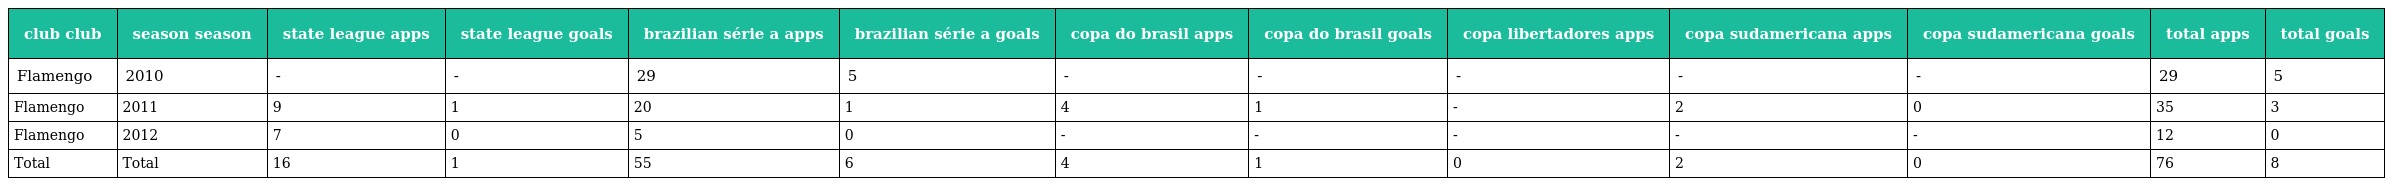
| club club | season season | state league apps | state league goals | brazilian série a apps | brazilian série a goals | copa do brasil apps | copa do brasil goals | copa libertadores apps | copa sudamericana apps | copa sudamericana goals | total apps | total goals |
 | --- | --- | --- | --- | --- | --- | --- | --- | --- | --- | --- | --- | --- |
 | Flamengo | 2010 | - | - | 29 | 5 | - | - | - | - | - | 29 | 5 |
 | Flamengo | 2011 | 9 | 1 | 20 | 1 | 4 | 1 | - | 2 | 0 | 35 | 3 |
 | Flamengo | 2012 | 7 | 0 | 5 | 0 | - | - | - | - | - | 12 | 0 |
 | Total | Total | 16 | 1 | 55 | 6 | 4 | 1 | 0 | 2 | 0 | 76 | 8 |